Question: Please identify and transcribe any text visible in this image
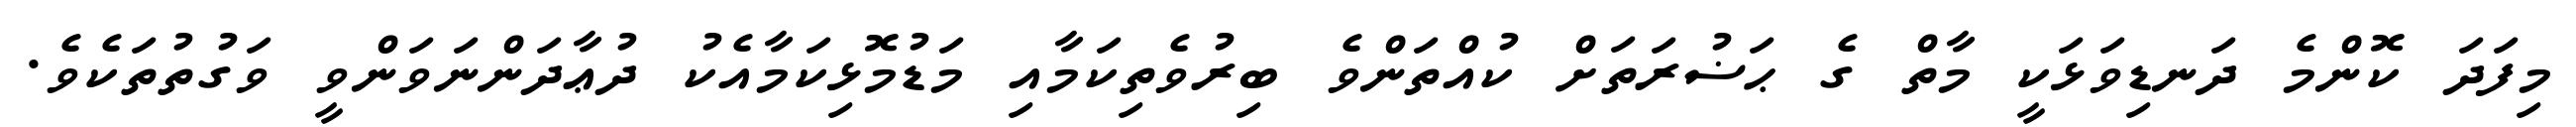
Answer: މިފަދަ ކޮންމެ ދަނޑިވަޅަކީ މާތް ގެ ޙަޟުރަތަށް ކުއްތަންވެ ބިރުވެތިކަމާއި މަޑުމޮޅިކަމާއެކު ދުޢާދަންނަވަންވީ ވަގުތުތަކެވެ.